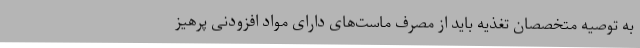
به توصیه متخصصان تغذیه باید از مصرف ماست‌های دارای مواد افزودنی پرهیز